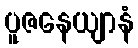
ပူဇနေယျာနံ